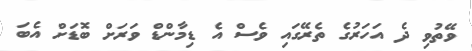
ވޭތުވި ދެ އަހަރުގެ ތެރޭގައި ވެސް އެ ޑިމާންޑް ވަރަށް ބޮޑަށް އެބަ